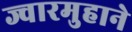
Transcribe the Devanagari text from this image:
ज्वारमुहाने